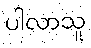
ပါလာသူ